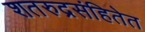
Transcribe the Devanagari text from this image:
शतरुद्रसंहितेत